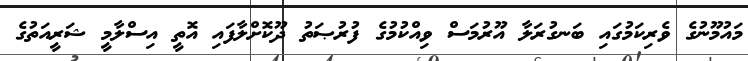
މައުމޫނުގެ ވެރިކަމުގައި ބަނގުރަލާ އޫރުމަސް ވިއްކުމުގެ ފުރުޞަތު ދޫކޮށްލާފައި އޮތީ އިސްލާމީ ޝަރީއަތުގެ